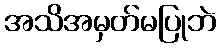
အသိအမှတ်မပြုဘဲ